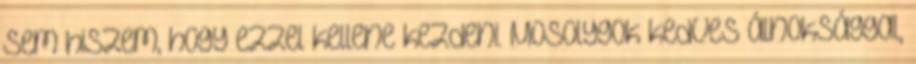
sem hiszem, hogy ezzel kellene kezdeni. Mosolygok kedves álnoksággal,